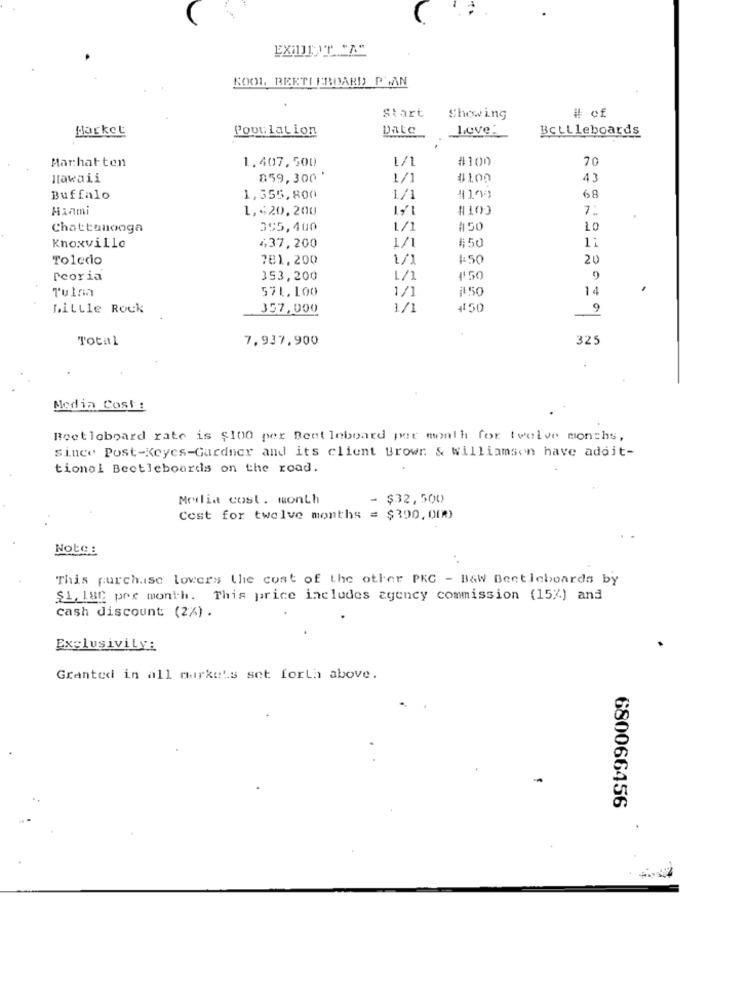
EXIDIOT "A"
KOOL REETHEBOARD P'MAN
# of
Start
Showing
Market
Population
Date
Leve:
BeiLleboards
Marhatten
L/1
#100
70
1.407,500
Hawaii
859,300 .
1/1
#100
43
68
Buffalo
1,355,800
1/1
Hanmi
1,420,200
#100
7:
Chattanooga
355,400
1/1
A50
10
4,37,200
#:50
1;
Knoxville
1/1
Tolecio
781,200
1/1
$50
20
Peoria
353,200
L/1
4'50
9
Tulma
571,100
1/1
1150
14
Little Rock
357,000
1/1
4150
9
Total
7,937,900
325
Media Cost:
Bestloboard rate is $100 per Beetleboard per month for twelve months,
since Post-Keyes-Gardner and its client Browr & Williamson have adoit-
tionol Beetleboards on the road.
Media cost. month
- $32,500
Cost for twelve months = $390.000)
Note:
This purchase lovers the cost of the other PKC - B&W Beetleboards by
$1, 180 per month. This price includes agency commission (15%) and
cash discount (2%) .
Exclusivity:
Granted in all markets set forth above.
680066456